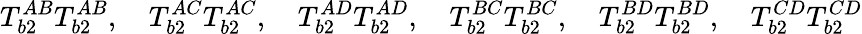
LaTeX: T_{b2}^{AB}T_{b2}^{AB},\quad T_{b2}^{AC}T_{b2}^{AC},\quad T_{b2}^{AD}T_{b2}^{AD},\quad T_{b2}^{BC}T_{b2}^{BC},\quad T_{b2}^{BD}T_{b2}^{BD},\quad T_{b2}^{CD}T_{b2}^{CD}